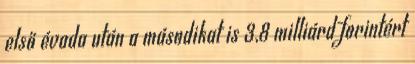
első évada után a másodikat is 3,8 milliárd forintért